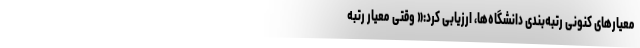
معیارهای کنونی رتبه‌بندی دانشگاه‌ها، ارزیابی کرد:« وقتی معیار رتبه